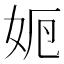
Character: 𡛣